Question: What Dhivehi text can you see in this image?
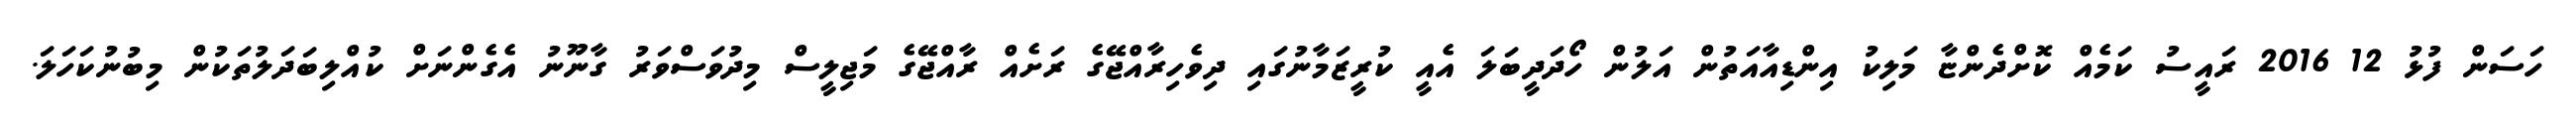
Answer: ހަސަން ފުޅު 12 2016 ރައީސު ކަމެއް ކޮށްދެންޏާ މަލިކު އިންޑިއާއަތުން އަލުން ހޯދަދީބަލަ އެއީ ކުރީޒަމާނުގައި ދިވެހިރާއްޖޭގެ ރަށެއް ރާއްޖޭގެ މަޖިލީސް މިދުވަސްވަރު ގާނޫނު އެގެންނަށް ކުއްލިބަދަލުތަކުން މިބުނުކަހަލަ.